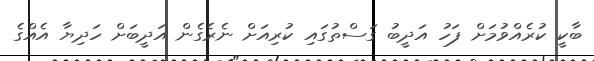
ބާކީ ކުރެއްވުމަށް ފަހު އަދީބު ގަސްތުގައި ކުރިއަށް ނެރެގެން އަދީބަށް ހަދިޔާ އެއްގެ